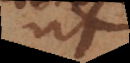
ut